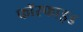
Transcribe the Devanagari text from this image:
फॉस्फाइड